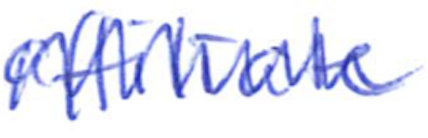
Text: affiliate
Cross-out: zig-zag
Writing tool: ballpoint